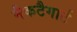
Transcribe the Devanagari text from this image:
मैकटैगार्ट